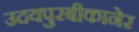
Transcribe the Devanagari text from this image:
उदयपुरबीकानेर